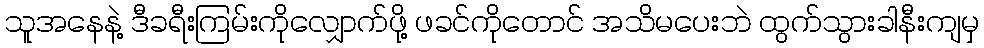
သူအနေနဲ့ ဒီခရီးကြမ်းကိုလျှောက်ဖို့ ဖခင်ကိုတောင် အသိမပေးဘဲ ထွက်သွားခါနီးကျမှ